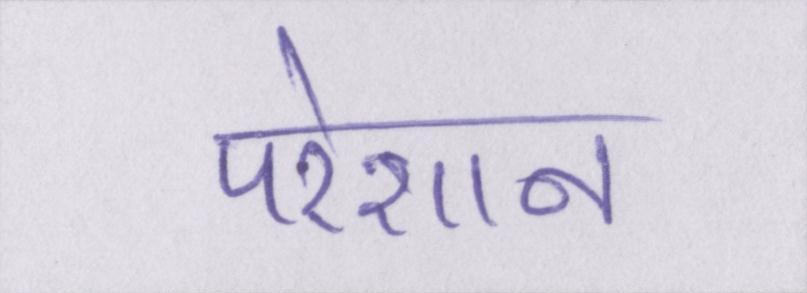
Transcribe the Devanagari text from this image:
परेशान